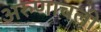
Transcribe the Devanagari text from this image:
अरुणाचली